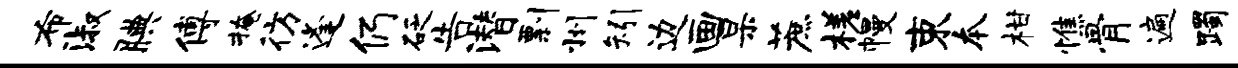
布淑腆傅掩彷逢仍砭告潜剽州矧边画杲蔗槎幔束本柑憔骨遍躅